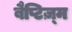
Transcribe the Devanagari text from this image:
बैप्टिज़्म